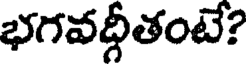
భగవద్గీతంటే?